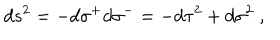
d s ^ { 2 } = - d \sigma ^ { + } d \sigma ^ { - } = - d \tau ^ { 2 } + d \sigma ^ { 2 } \; ,